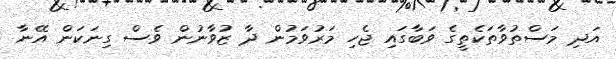
އަދި މަސްތުވާތަކެތީގެ ވަބާގައި ޖެހި މަރުވަމުން ދާ ޒުވާނުން ވެސް ގިނަކަން އޭނާ